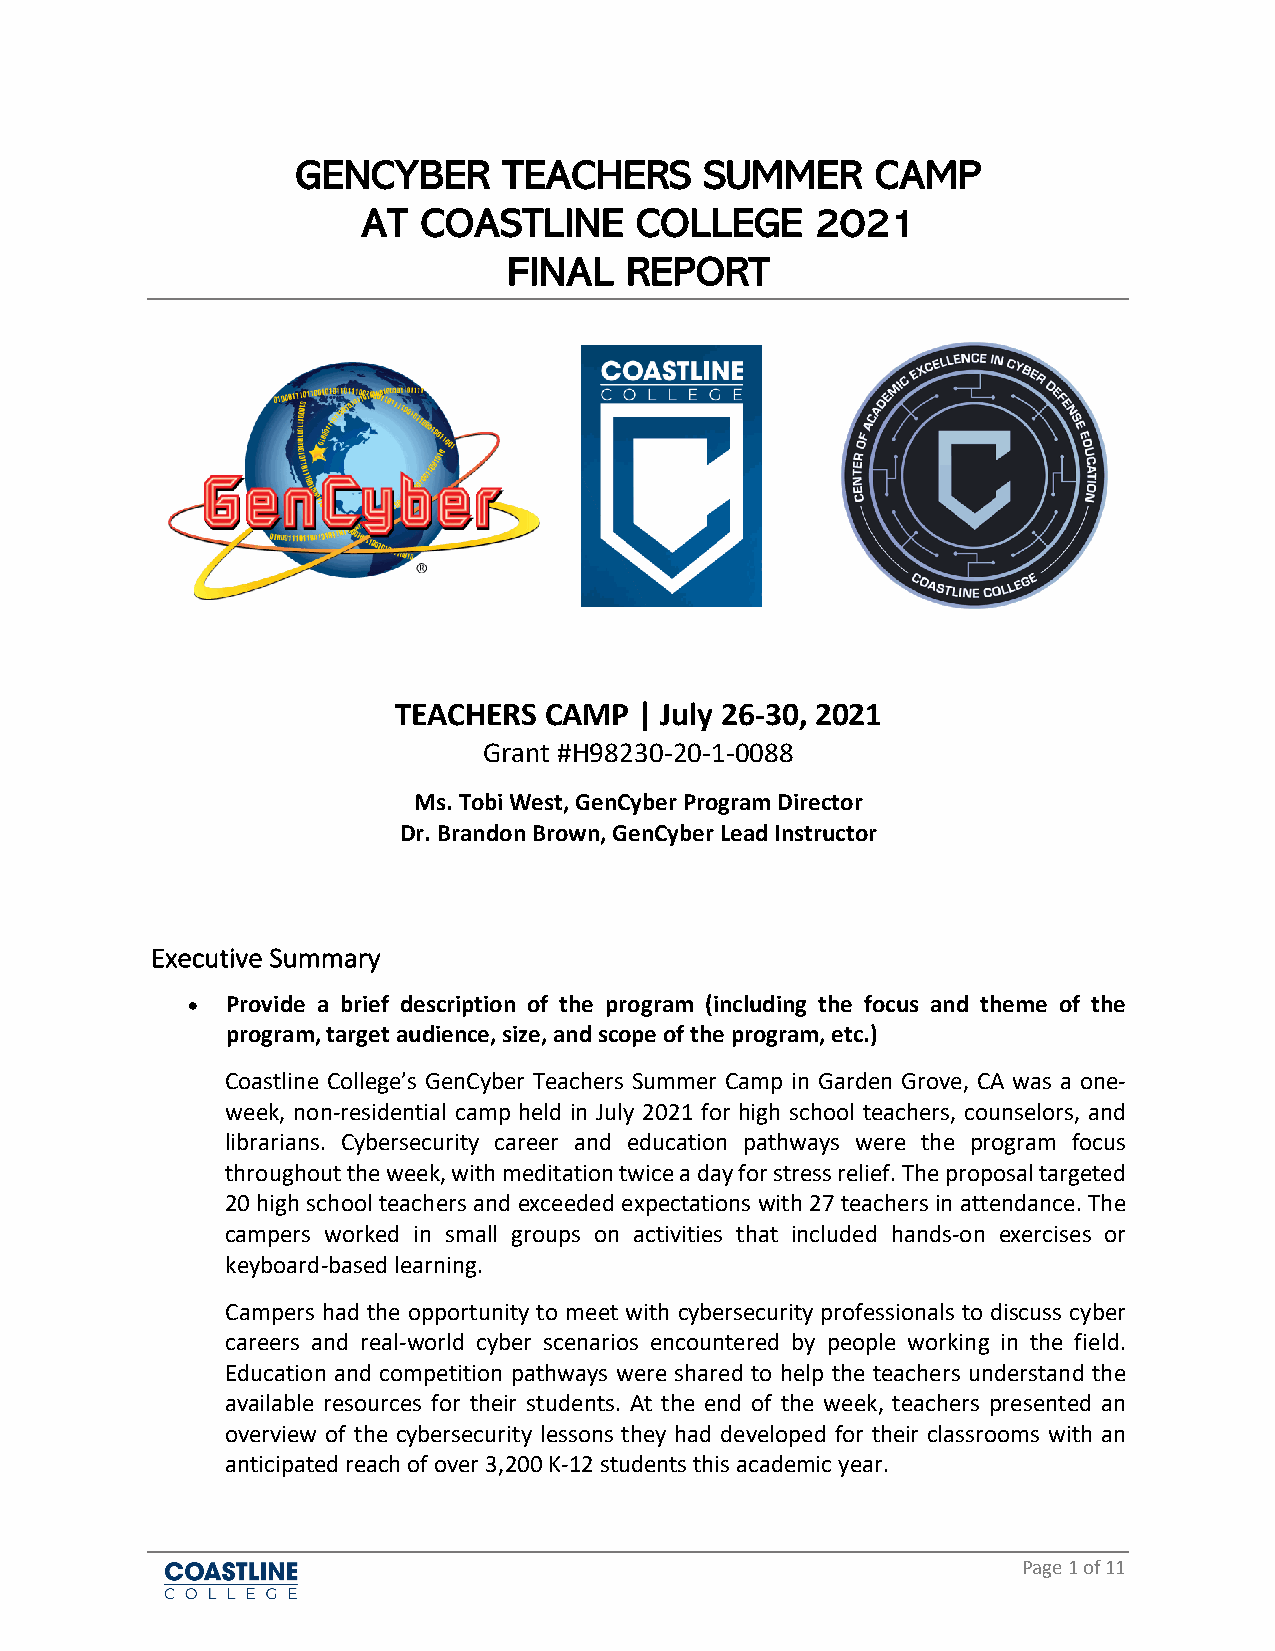
GENCYBER     TEACHERS      SUMMER     CAMP
 AT  COASTLINE     COLLEGE     2021
 FINAL  REPORT
 TEACHERS  CAMP  | July 26-30, 2021
 Grant #H98230-20-1-0088
 Ms. Tobi West, GenCyber Program Director
 Dr. Brandon Brown, GenCyber Lead Instructor
 Executive Summary
 •  Provide a brief description of the program (including the focus and theme of the
 program, target audience, size, and scope of the program, etc.)
 Coastline College’s GenCyber Teachers Summer Camp in Garden Grove, CA was a one-
 week, non-residential camp held in July 2021 for high school teachers, counselors, and
 librarians. Cybersecurity career and education pathways were the program focus
 throughout the week, with meditation twice a day for stress relief. The proposal targeted
 20 high school teachers and exceeded expectations with 27 teachers in attendance. The
 campers worked in small groups on activities that included hands-on exercises or
 keyboard-based learning.
 Campers had the opportunity to meet with cybersecurity professionals to discuss cyber
 careers and real-world cyber scenarios encountered by people working in the field.
 Education and competition pathways were shared to help the teachers understand the
 available resources for their students. At the end of the week, teachers presented an
 overview of the cybersecurity lessons they had developed for their classrooms with an
 anticipated reach of over 3,200 K-12 students this academic year.
 Page 1 of 11